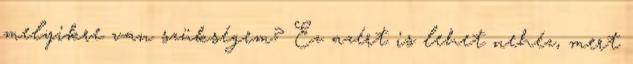
melyikre van szükségem? Ez azért is lehet nehéz, mert